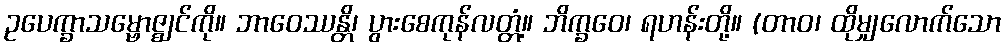
ဥပေက္ခာသမ္ဗောဇ္ဈင်ကို။ ဘာဝေဿန္တိ၊ ပွားစေကုန်လတ္တံ့။ ဘိက္ခဝေ၊ ရဟန်းတို့။ (တာဝ၊ ထိုမျှလောက်သော